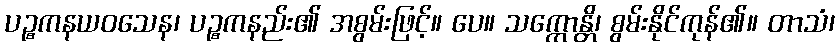
ပဉ္စကနယဝသေန၊ ပဉ္စကနည်း၏ အစွမ်းဖြင့်။ ပေ။ သက္ကောန္တိ၊ စွမ်းနိုင်ကုန်၏။ တာသံ၊